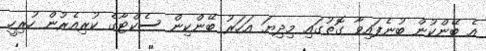
އެ ބޭންކުން ބުނެފައިވާ ގޮތުގައި މިދިޔަ އަހަރު ބޭންކިން ސެކްޓާގެ ކުރިއެރުން ހުރިހީ